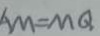
A M = M Q